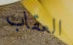
العقاب